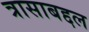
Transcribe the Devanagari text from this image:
त्रासाबद्दल